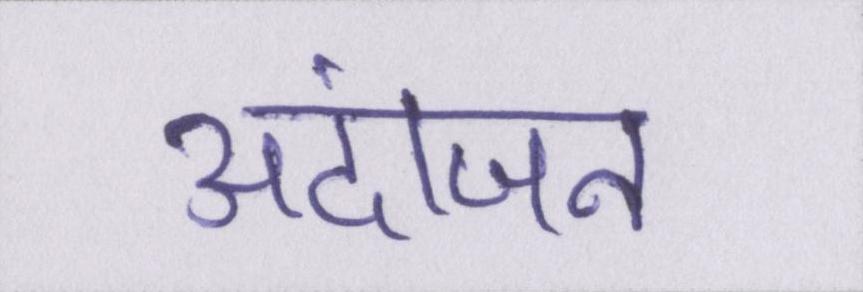
अंदाजन